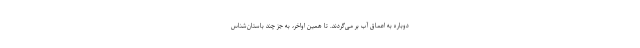
دوباره به اعماق آب بر می‌گردند. تا همین اواخر، به جز چند باستان‌شناس